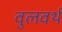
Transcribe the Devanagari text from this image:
वुलवर्थ